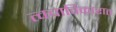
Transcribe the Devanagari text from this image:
त्वचाविकारात